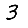
Digit: 3